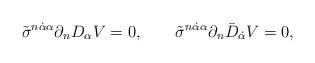
LaTeX: \begin{align*}\tilde\sigma^{n\dot\alpha\alpha}\partial_nD_\alpha V=0, \qquad\tilde\sigma^{n\dot\alpha\alpha}\partial_n\bar D_{\dot\alpha}V=0,\end{align*}